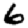
Digit: 6